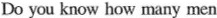
Do you know how many men